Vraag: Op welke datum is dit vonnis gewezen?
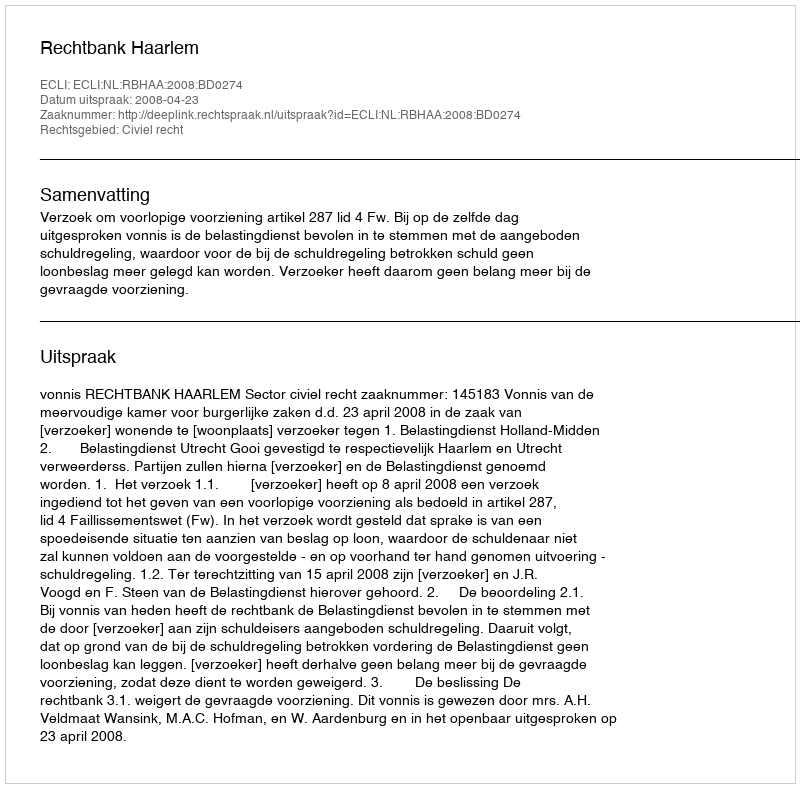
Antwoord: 2008-04-23